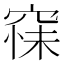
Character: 𮄆